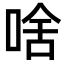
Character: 啥